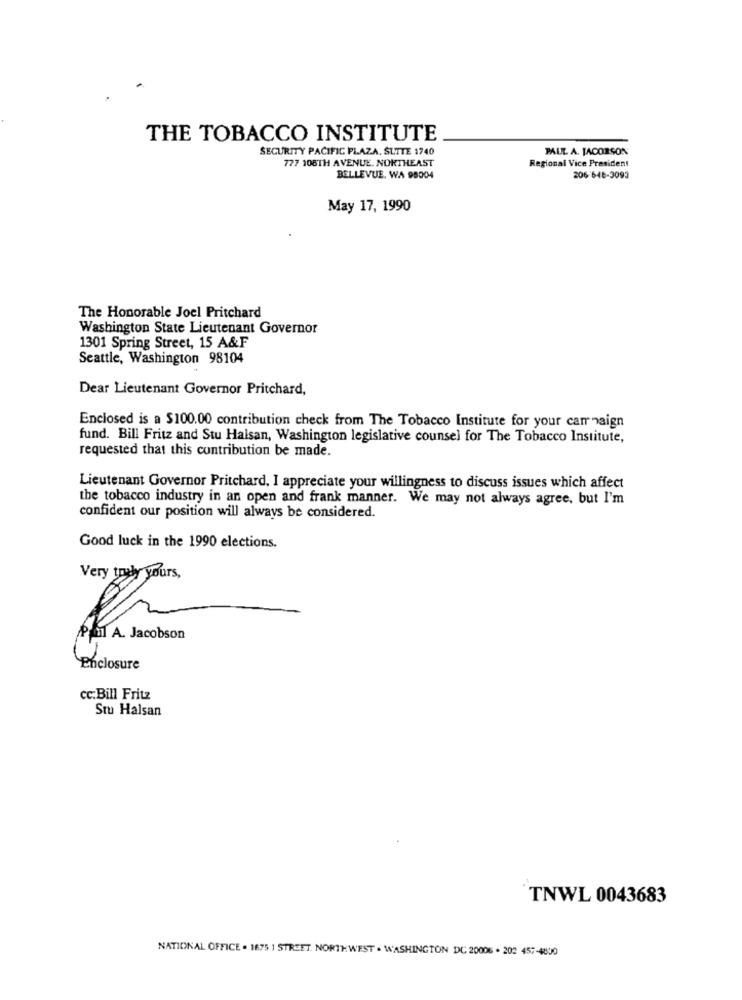
THE TOBACCO INSTITUTE
SECURITY PACIFIC PLAZA. SLITE 1740
PAUL A. JACOBSON
777 108TH AVENUE. NORTHEAST
Regional Vice President
BELLEVUE. WA 98004
206 646-3093
May 17, 1990
The Honorable Joel Pritchard
Washington State Lieutenant Governor
1301 Spring Street, 15 A&F
Seattle, Washington 98104
Dear Lieutenant Governor Pritchard,
Enclosed is a $100.00 contribution check from The Tobacco Institute for your car naign
fund. Bill Fritz and Stu Haisan, Washington legislative counsel for The Tobacco Institute,
requested that this contribution be made.
Lieutenant Governor Pritchard, I appreciate your willingness to discuss issues which affect
the tobacco industry in an open and frank manner. We may not always agree, but I'm
confident our position will always be considered.
Good luck in the 1990 elections.
Very truly yours,
Paul A. Jacobson
Enclosure
cc:Bill Fritz
Stu Halsan
TNWL 0043683
NATIONAL OFFICE . 1675 1 STREET. NORTHWEST . WASHINGTON DC 20006 . 202 457-4800